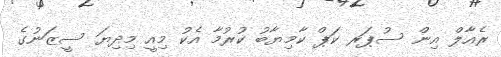
ރެއާލް އިން ސުޕަރ ކަޕް ކާމިޔާބު ކުރުމާ އެކު މިއީ މިދިޔަ ސީޒަނުގެ